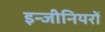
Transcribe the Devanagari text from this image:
इन्जीनियरों